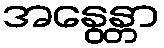
အနွေန္တာ